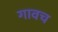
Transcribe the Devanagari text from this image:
गावच